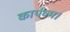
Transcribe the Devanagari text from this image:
कार्यव्म।